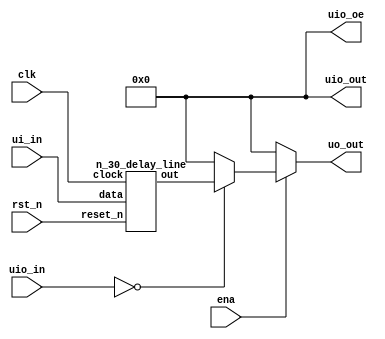
/*
 * Copyright (c) 2024 Your Name
 * SPDX-License-Identifier: Apache-2.0
 */

`define default_netname none

module tt_um_zolpew_example_delay_line (
    input  wire [7:0] ui_in,    // Dedicated inputs
    output wire [7:0] uo_out,   // Dedicated outputs
    input  wire [7:0] uio_in,   // IOs: Input path
    output wire [7:0] uio_out,  // IOs: Output path
    output wire [7:0] uio_oe,   // IOs: Enable path (active high: 0=input, 1=output)
    input  wire       ena,      // will go high when the design is enabled
    input  wire       clk,      // clock
    input  wire       rst_n     // reset_n - low to reset
);  
    reg [7:0] y;
    wire [7:0] out1;



    n_30_delay_line jalur1 (.clock(clk), .data(ui_in),.reset_n(rst_n), .out(out1));
 

    
    always @(out1, uio_in,ena)
        begin
        if (ena) 
            begin
                case(uio_in)
                    8'b00000000: y = out1;
              

                    default: y = 0;
                endcase
            end
        else begin
                    y = 0;
            end
        end

    assign uo_out = y;
    assign uio_out = 0;
    assign uio_oe  = 0;

endmodule


module n_30_delay_line(input wire clock, input wire [7:0] data, input wire reset_n ,output wire [7:0] out);

    reg [7:0] delay_reg [0:29]; // Array of registers for 30 delay blocks

  
    genvar i;
        generate
            for (i = 0; i < 30; i = i + 1) begin : gen_loop
                always @(posedge clock or negedge reset_n) begin
                    if (!reset_n) // If reset_n is low
                        delay_reg[i] <= 8'b00000000;
                        
             
                    else begin
                      
                        if (i==0) begin
                            delay_reg[i] <= data; // First delay block gets the input data
                         
                        end
                        else begin
                            delay_reg[i] <= delay_reg[i - 1]; // Each subsequent delay block gets the output of the previous one
                          
                        end
                    end
                end
            end
        endgenerate

    assign out = delay_reg[29]; // Output is the output of the last delay block


endmodule